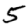
Digit: 5